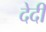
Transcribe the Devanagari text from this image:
देदी